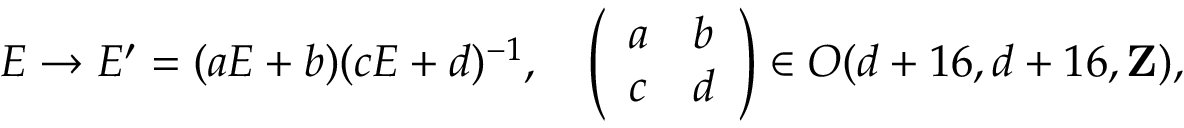
E \rightarrow E ^ { \prime } = ( a E + b ) ( c E + d ) ^ { - 1 } , \ \ \ \left( \begin{array} { l l } { { a } } & { { b } } \\ { { c } } & { { d } } \end{array} \right) \in O ( d + 1 6 , d + 1 6 , { \bf Z } ) ,